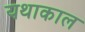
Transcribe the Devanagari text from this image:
यथाकाल